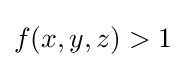
f(x,y,z)>1